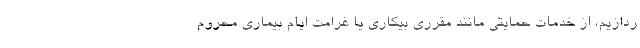
ردازیم، از خدمات حمایتی مانند مقرری بیکاری یا غرامت ایام بیماری محروم